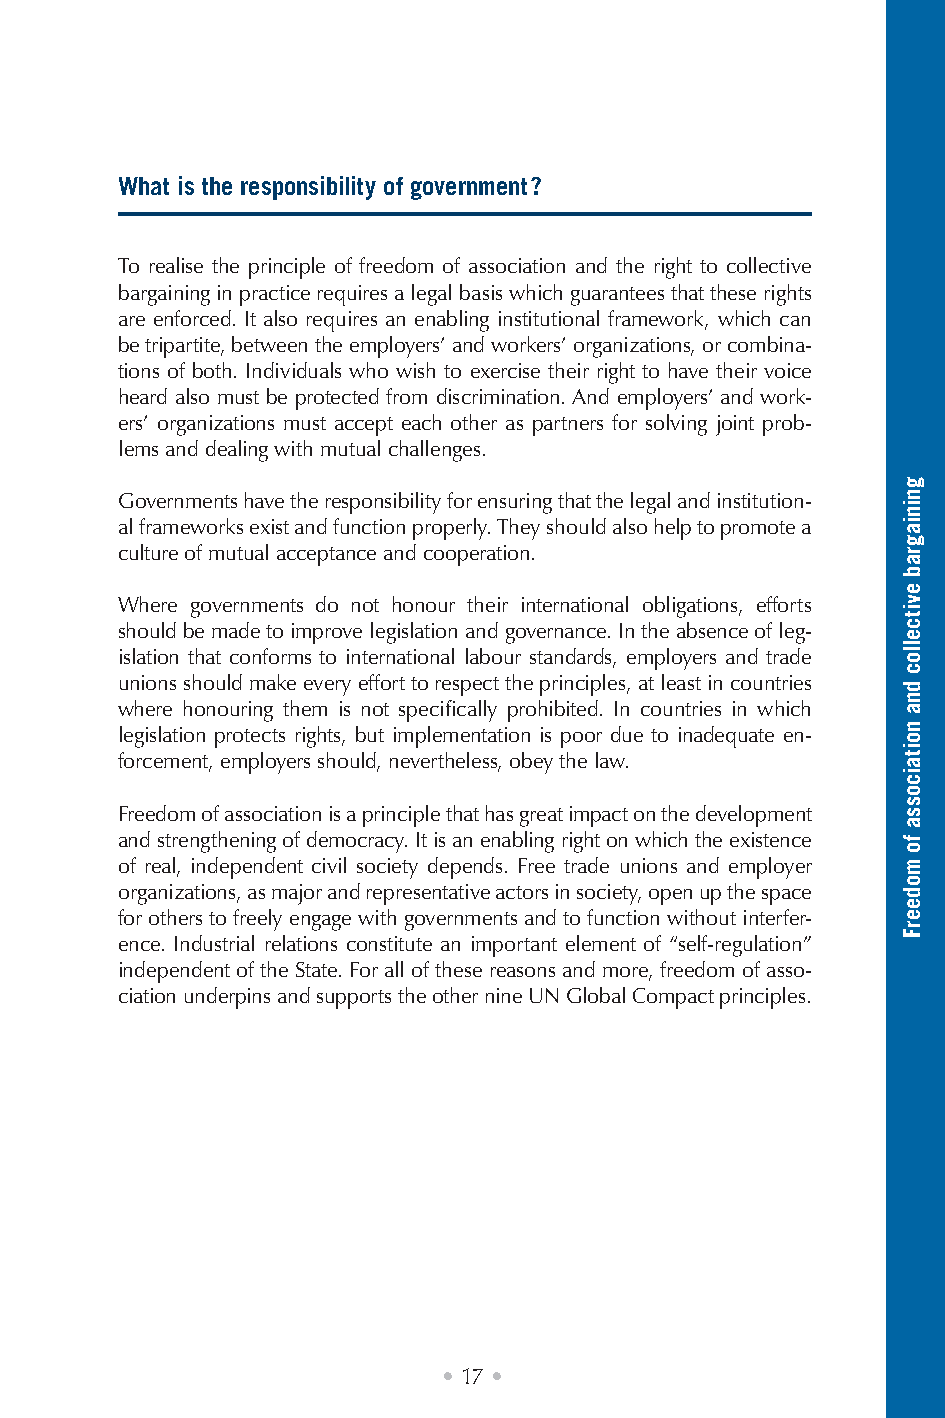
What is the responsibility of government ?
 To realise the principle of freedom of association and the right to collective
 bargaining in practice requires a legal basis which guarantees that these rights
 are enforced. It also requires an enabling institutional framework, which can
 be tripartite, between the employers’ and workers’ organizations, or combina-
 tions of both. Individuals who wish to exercise their right to have their voice
 heard also must be protected from discrimination. And employers’ and work-
 ers’ organizations must accept each other as partners for solving joint prob-
 lems and dealing with mutual challenges.
 Governments have the responsibility for ensuring that the legal and institution-
 al frameworks exist and function properly. They should also help to promote a
 culture of mutual acceptance and cooperation.
 Where governments do not honour their international obligations, efforts
 should be made to improve legislation and governance. In the absence of leg-
 islation that conforms to international labour standards, employers and trade
 unions should make every effort to respect the principles, at least in countries
 where honouring them is not specifically prohibited. In countries in which
 legislation protects rights, but implementation is poor due to inadequate en-
 forcement, employers should, nevertheless, obey the law.
 Freedom of association is a principle that has great impact on the development
 and strengthening of democracy. It is an enabling right on which the existence
 of real, independent civil society depends. Free trade unions and employer
 organizations, as major and representative actors in society, open up the space
 for others to freely engage with governments and to function without interfer-
 ence. Industrial relations constitute an important element of “self-regulation”
 independent of the State. For all of these reasons and more, freedom of asso-
 ciation underpins and supports the other nine UN Global Compact principles.
 • 17 •
 gniniagrab
 evitcelloc
 dna
 noitaicossa
 fo
 modeerF